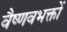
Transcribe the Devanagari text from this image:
वैष्णवभक्तों